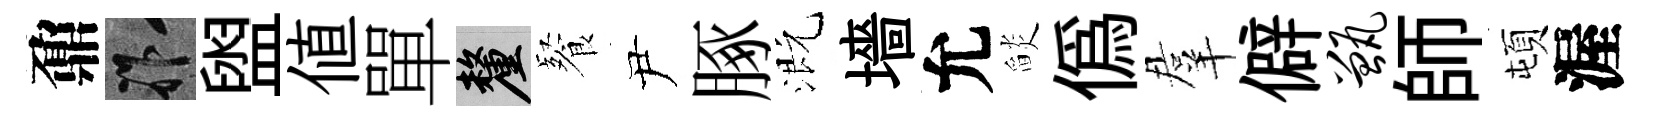
鼐祚盥值單厘餐尹䐁溉墻允𦦨僞羣僻甑師頓渥